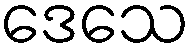
ဒေသေ